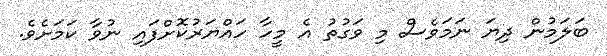
ބަލަމުން ދިޔަ ނަމަވެސް މި ވަގުތު އެ މީހާ ހައްޔަރުކޮށްފައި ނުވާ ކަމަށެވެ.